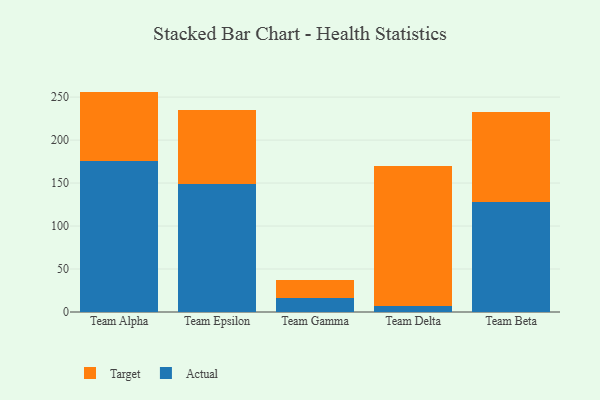
{"axis": {"x": "Team", "y": "Inventory Turnover"}, "legend": ["Actual", "Target"], "data": [{"x": "Team Alpha", "y": 176.1, "type": "Actual"}, {"x": "Team Alpha", "y": 80.3, "type": "Target"}, {"x": "Team Epsilon", "y": 149.0, "type": "Actual"}, {"x": "Team Epsilon", "y": 86.1, "type": "Target"}, {"x": "Team Gamma", "y": 16.3, "type": "Actual"}, {"x": "Team Gamma", "y": 20.6, "type": "Target"}, {"x": "Team Delta", "y": 7.5, "type": "Actual"}, {"x": "Team Delta", "y": 161.9, "type": "Target"}, {"x": "Team Beta", "y": 128.2, "type": "Actual"}, {"x": "Team Beta", "y": 105.0, "type": "Target"}]}